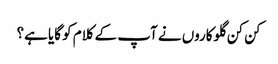
کن کن گلوکاروں نے آپ کے کلام کو گایا ہے؟